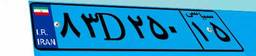
۶۸D۳۹۹۸۸